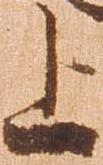
上